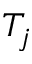
T _ { j }